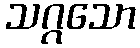
သဂ္ဂသော